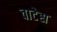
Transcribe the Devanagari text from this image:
वाटेस